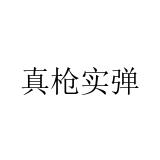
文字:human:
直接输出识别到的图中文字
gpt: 真枪实弹